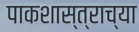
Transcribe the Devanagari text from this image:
पाकशास्त्राच्या